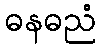
ဓနဓညံ